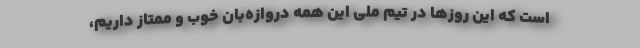
است که این روزها در تیم ملی این همه دروازه‌بان خوب و ممتاز داریم،